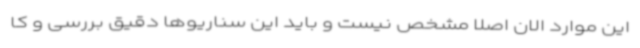
این موارد الان اصلا مشخص نیست و باید این سناریوها دقیق بررسی و کا